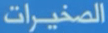
الصخيرات